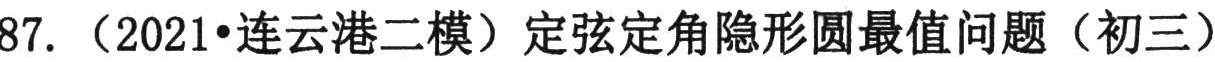
87. （2021•连云港二模）定弦定角隐形圆最值问题（初三）